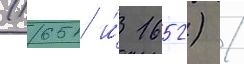
(1651 и́ 1652) /